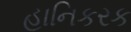
હાનિકરક